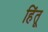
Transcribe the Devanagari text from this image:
हिंतू